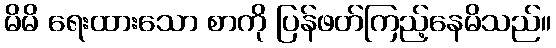
မိမိ ရေးထားသော စာကို ပြန်ဖတ်ကြည့်နေမိသည်။